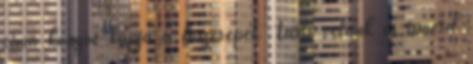
című könyve kapja a főszerepet. Tarts velünk és ismerd